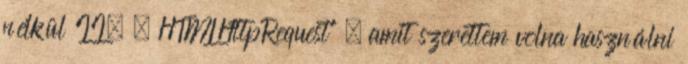
nélkül II. – HTMLHttpRequest” , amit szerettem volna használni